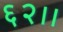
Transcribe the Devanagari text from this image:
६२।।